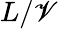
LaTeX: L/\mathscr{V}